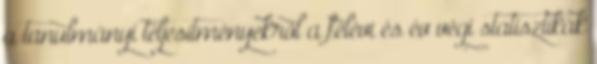
a tanulmányi teljesítményekről a félévi és év végi statisztikák